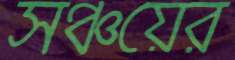
সঞ্চয়ের